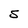
Character: S